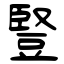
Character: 豎